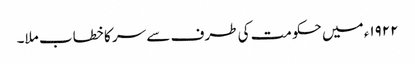
١٩٢٢ء میں حکومت کی طرف سے سر کا خطاب ملا۔